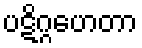
ပဋိဂ္ဂဟေတာ